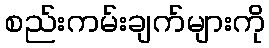
စည်းကမ်းချက်များကို